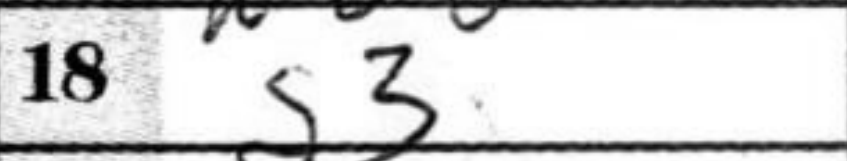
Transcription: Nd5